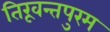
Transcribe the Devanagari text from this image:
तिरूवन्तपुरम